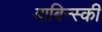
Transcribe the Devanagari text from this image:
बाबिन्स्की